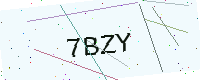
Text: 7BZY